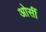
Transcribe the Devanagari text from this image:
ओर्सी